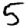
Digit: 5